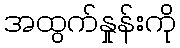
အထွက်နှုန်းကို